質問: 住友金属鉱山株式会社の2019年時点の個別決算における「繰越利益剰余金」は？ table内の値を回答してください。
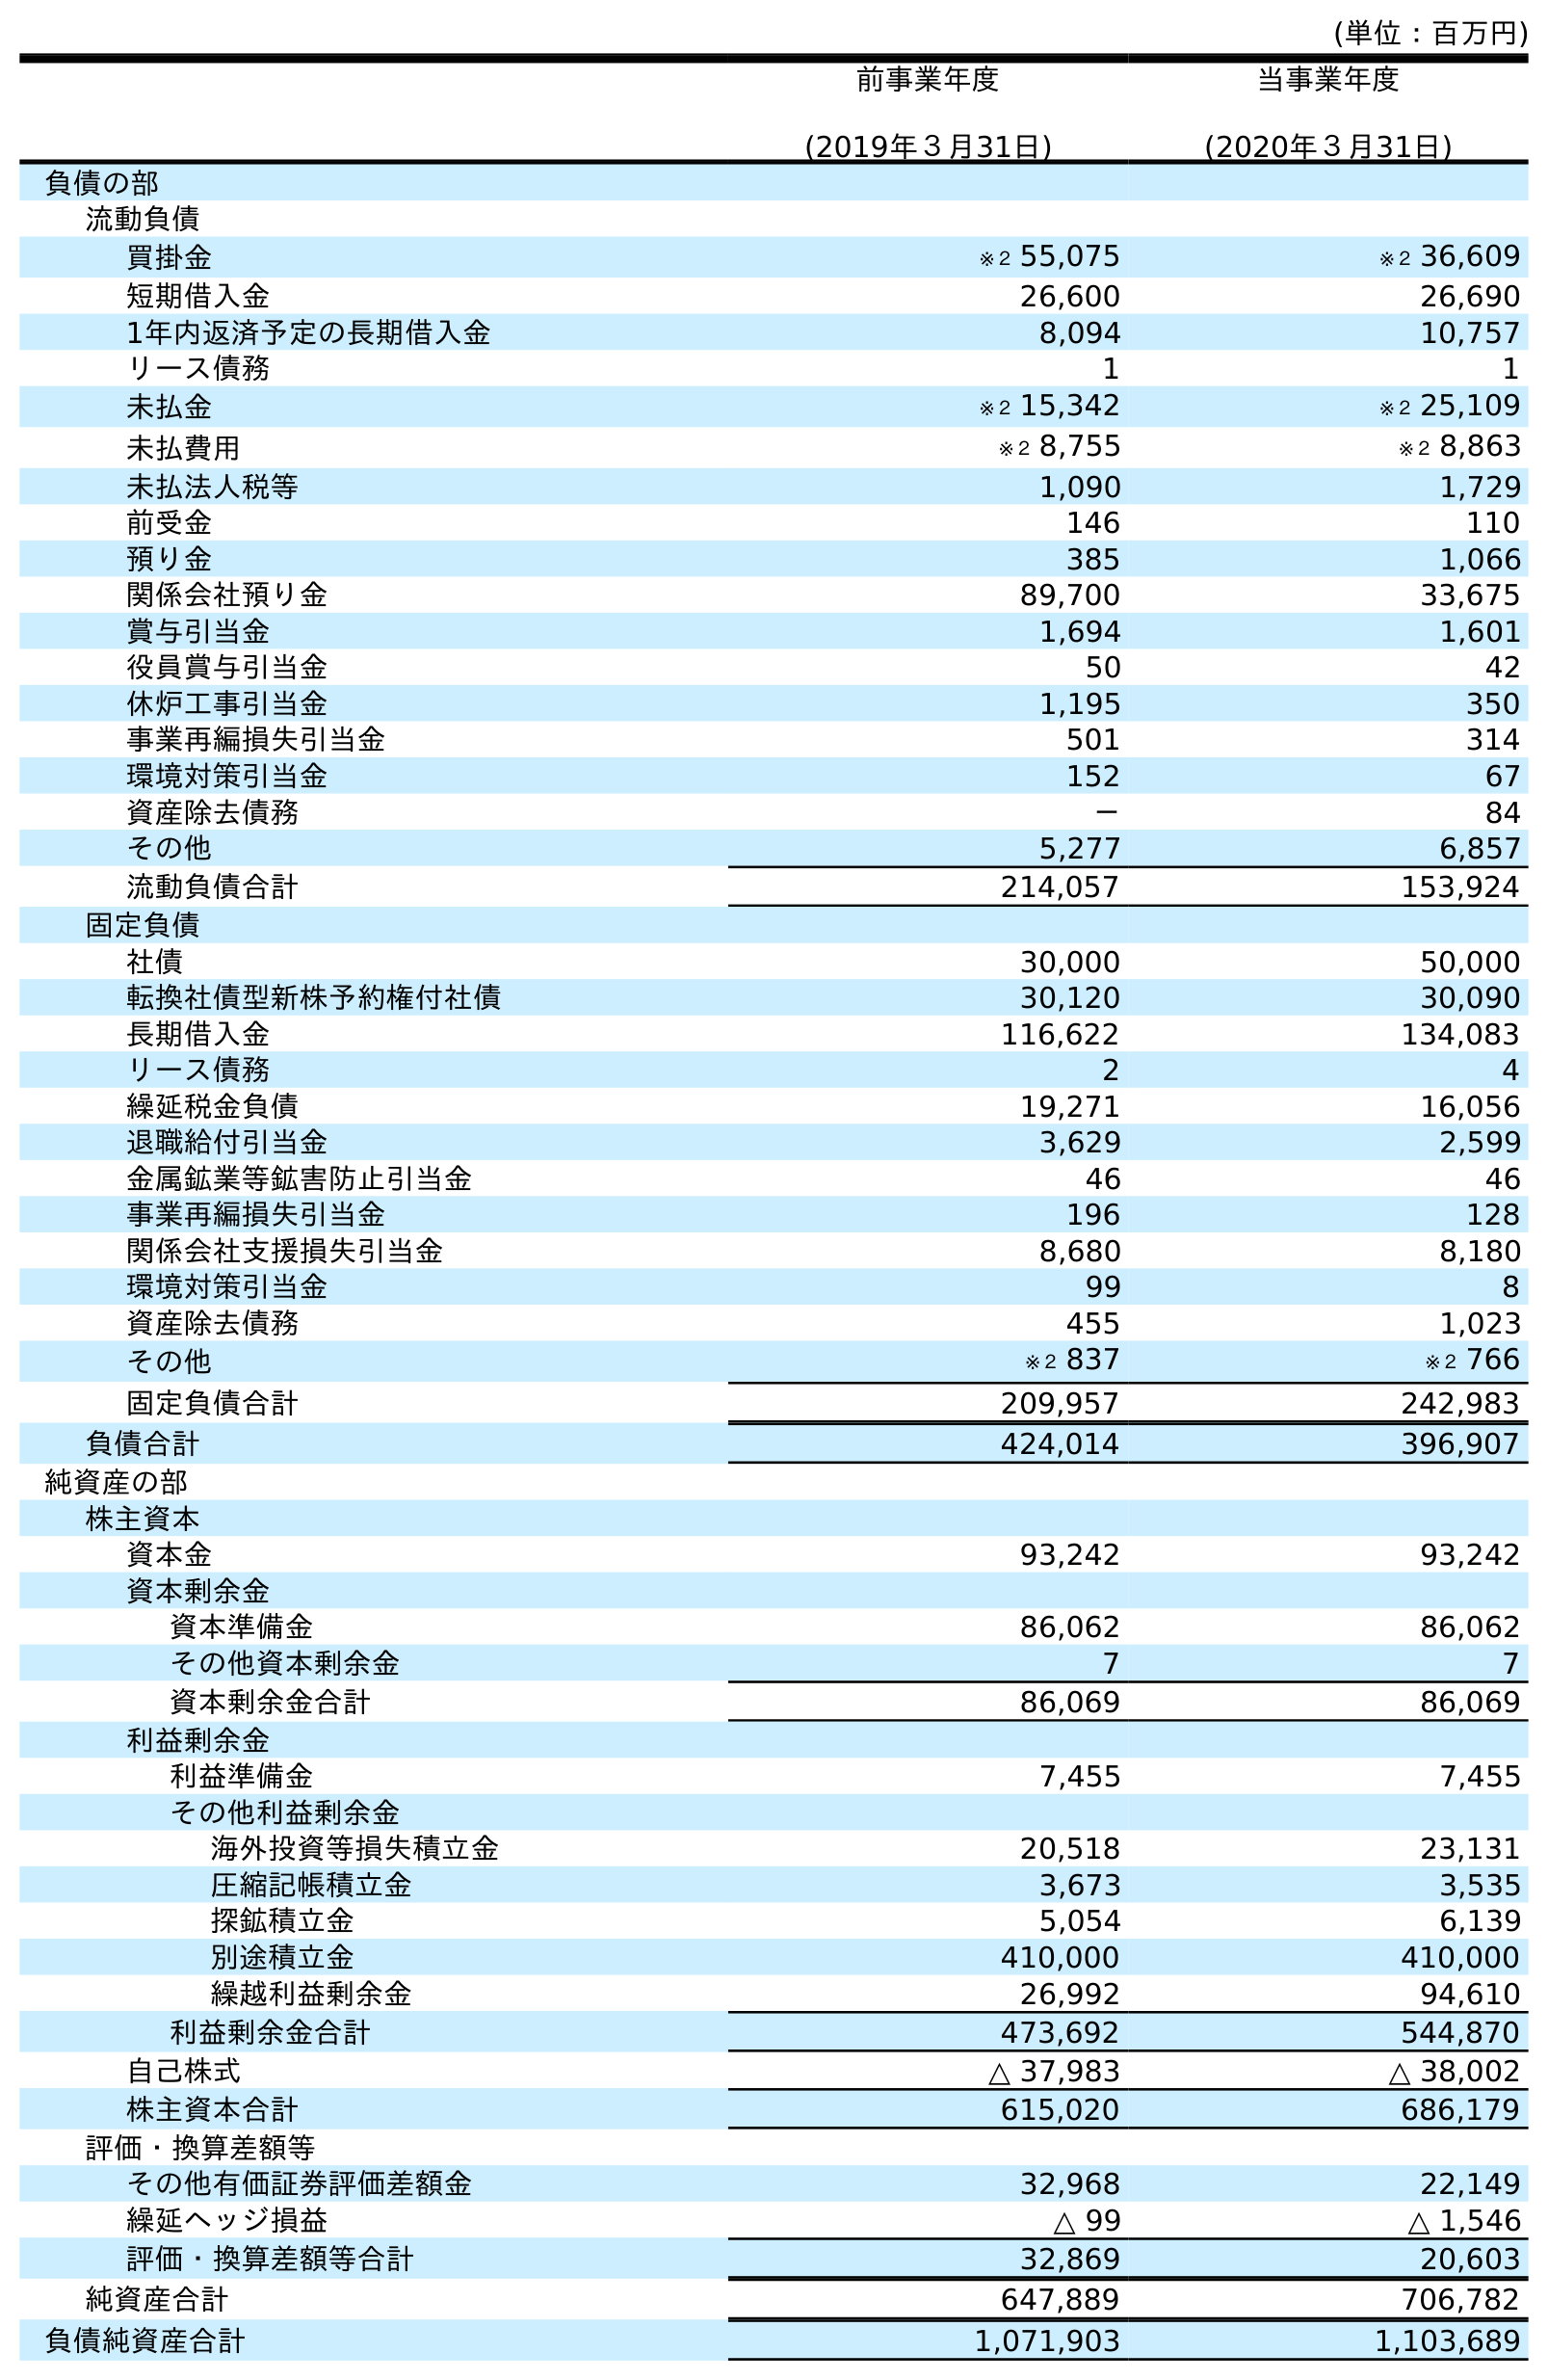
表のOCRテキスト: (単位：百万円) 前事業年度 (2019年３月31日) 当事業年度 (2020年３月31日) 負債の部 流動負債 買掛金 ※２ 55,075 ※２ 36,609 短期借入金 26,600 26,690 1年内返済予定の長期借入金 8,094 10,757 リース債務 1 1 未払金 ※２ 15,342 ※２ 25,109 未払費用 ※２ 8,755 ※２ 8,863 未払法人税等 1,090 1,729 前受金 146 110 預り金 385 1,066 関係会社預り金 89,700 33,675 賞与引当金 1,694 1,601 役員賞与引当金 50 42 休炉工事引当金 1,195 350 事業再編損失引当金 501 314 環境対策引当金 152 67 資産除去債務 － 84 その他 5,277 6,857 流動負債合計 214,057 153,924 固定負債 社債 30,000 50,000 転換社債型新株予約権付社債 30,120 30,090 長期借入金 116,622 134,083 リース債務 2 4 繰延税金負債 19,271 16,056 退職給付引当金 3,629 2,599 金属鉱業等鉱害防止引当金 46 46 事業再編損失引当金 196 128 関係会社支援損失引当金 8,680 8,180 環境対策引当金 99 8 資産除去債務 455 1,023 その他 ※２ 837 ※２ 766 固定負債合計 209,957 242,983 負債合計 424,014 396,907 純資産の部 株主資本 資本金 93,242 93,242 資本剰余金 資本準備金 86,062 86,062 その他資本剰余金 7 7 資本剰余金合計 86,069 86,069 利益剰余金 利益準備金 7,455 7,455 その他利益剰余金 海外投資等損失積立金 20,518 23,131 圧縮記帳積立金 3,673 3,535 探鉱積立金 5,054 6,139 別途積立金 410,000 410,000 繰越利益剰余金 26,992 94,610 利益剰余金合計 473,692 544,870 自己株式 △ 37,983 △ 38,002 株主資本合計 615,020 686,179 評価・換算差額等 その他有価証券評価差額金 32,968 22,149 繰延ヘッジ損益 △ 99 △ 1,546 評価・換算差額等合計 32,869 20,603 純資産合計 647,889 706,782 負債純資産合計 1,071,903 1,103,689
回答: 26,992